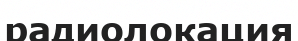
радиолокация